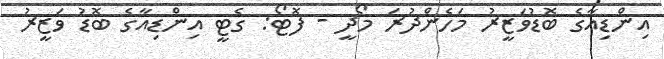
އިންޑިއާގެ ބޮޑުވަޒީރު މަހެންދުރަ މޯދީ - ފޮޓޯ: ގެޓީ އިންޑިއާގެ ބޮޑު ވަޒީރު